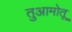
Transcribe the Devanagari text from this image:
तुआमोतू